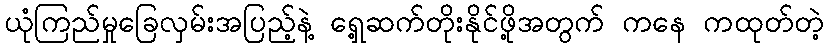
ယုံကြည်မှုခြေလှမ်းအပြည့်နဲ့ ရှေ့ဆက်တိုးနိုင်ဖို့အတွက် ကနေ ကထုတ်တဲ့